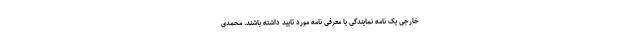
خارجی یک نامه نمایندگی یا معرفی نامه مورد تایید داشته باشند. محمدی